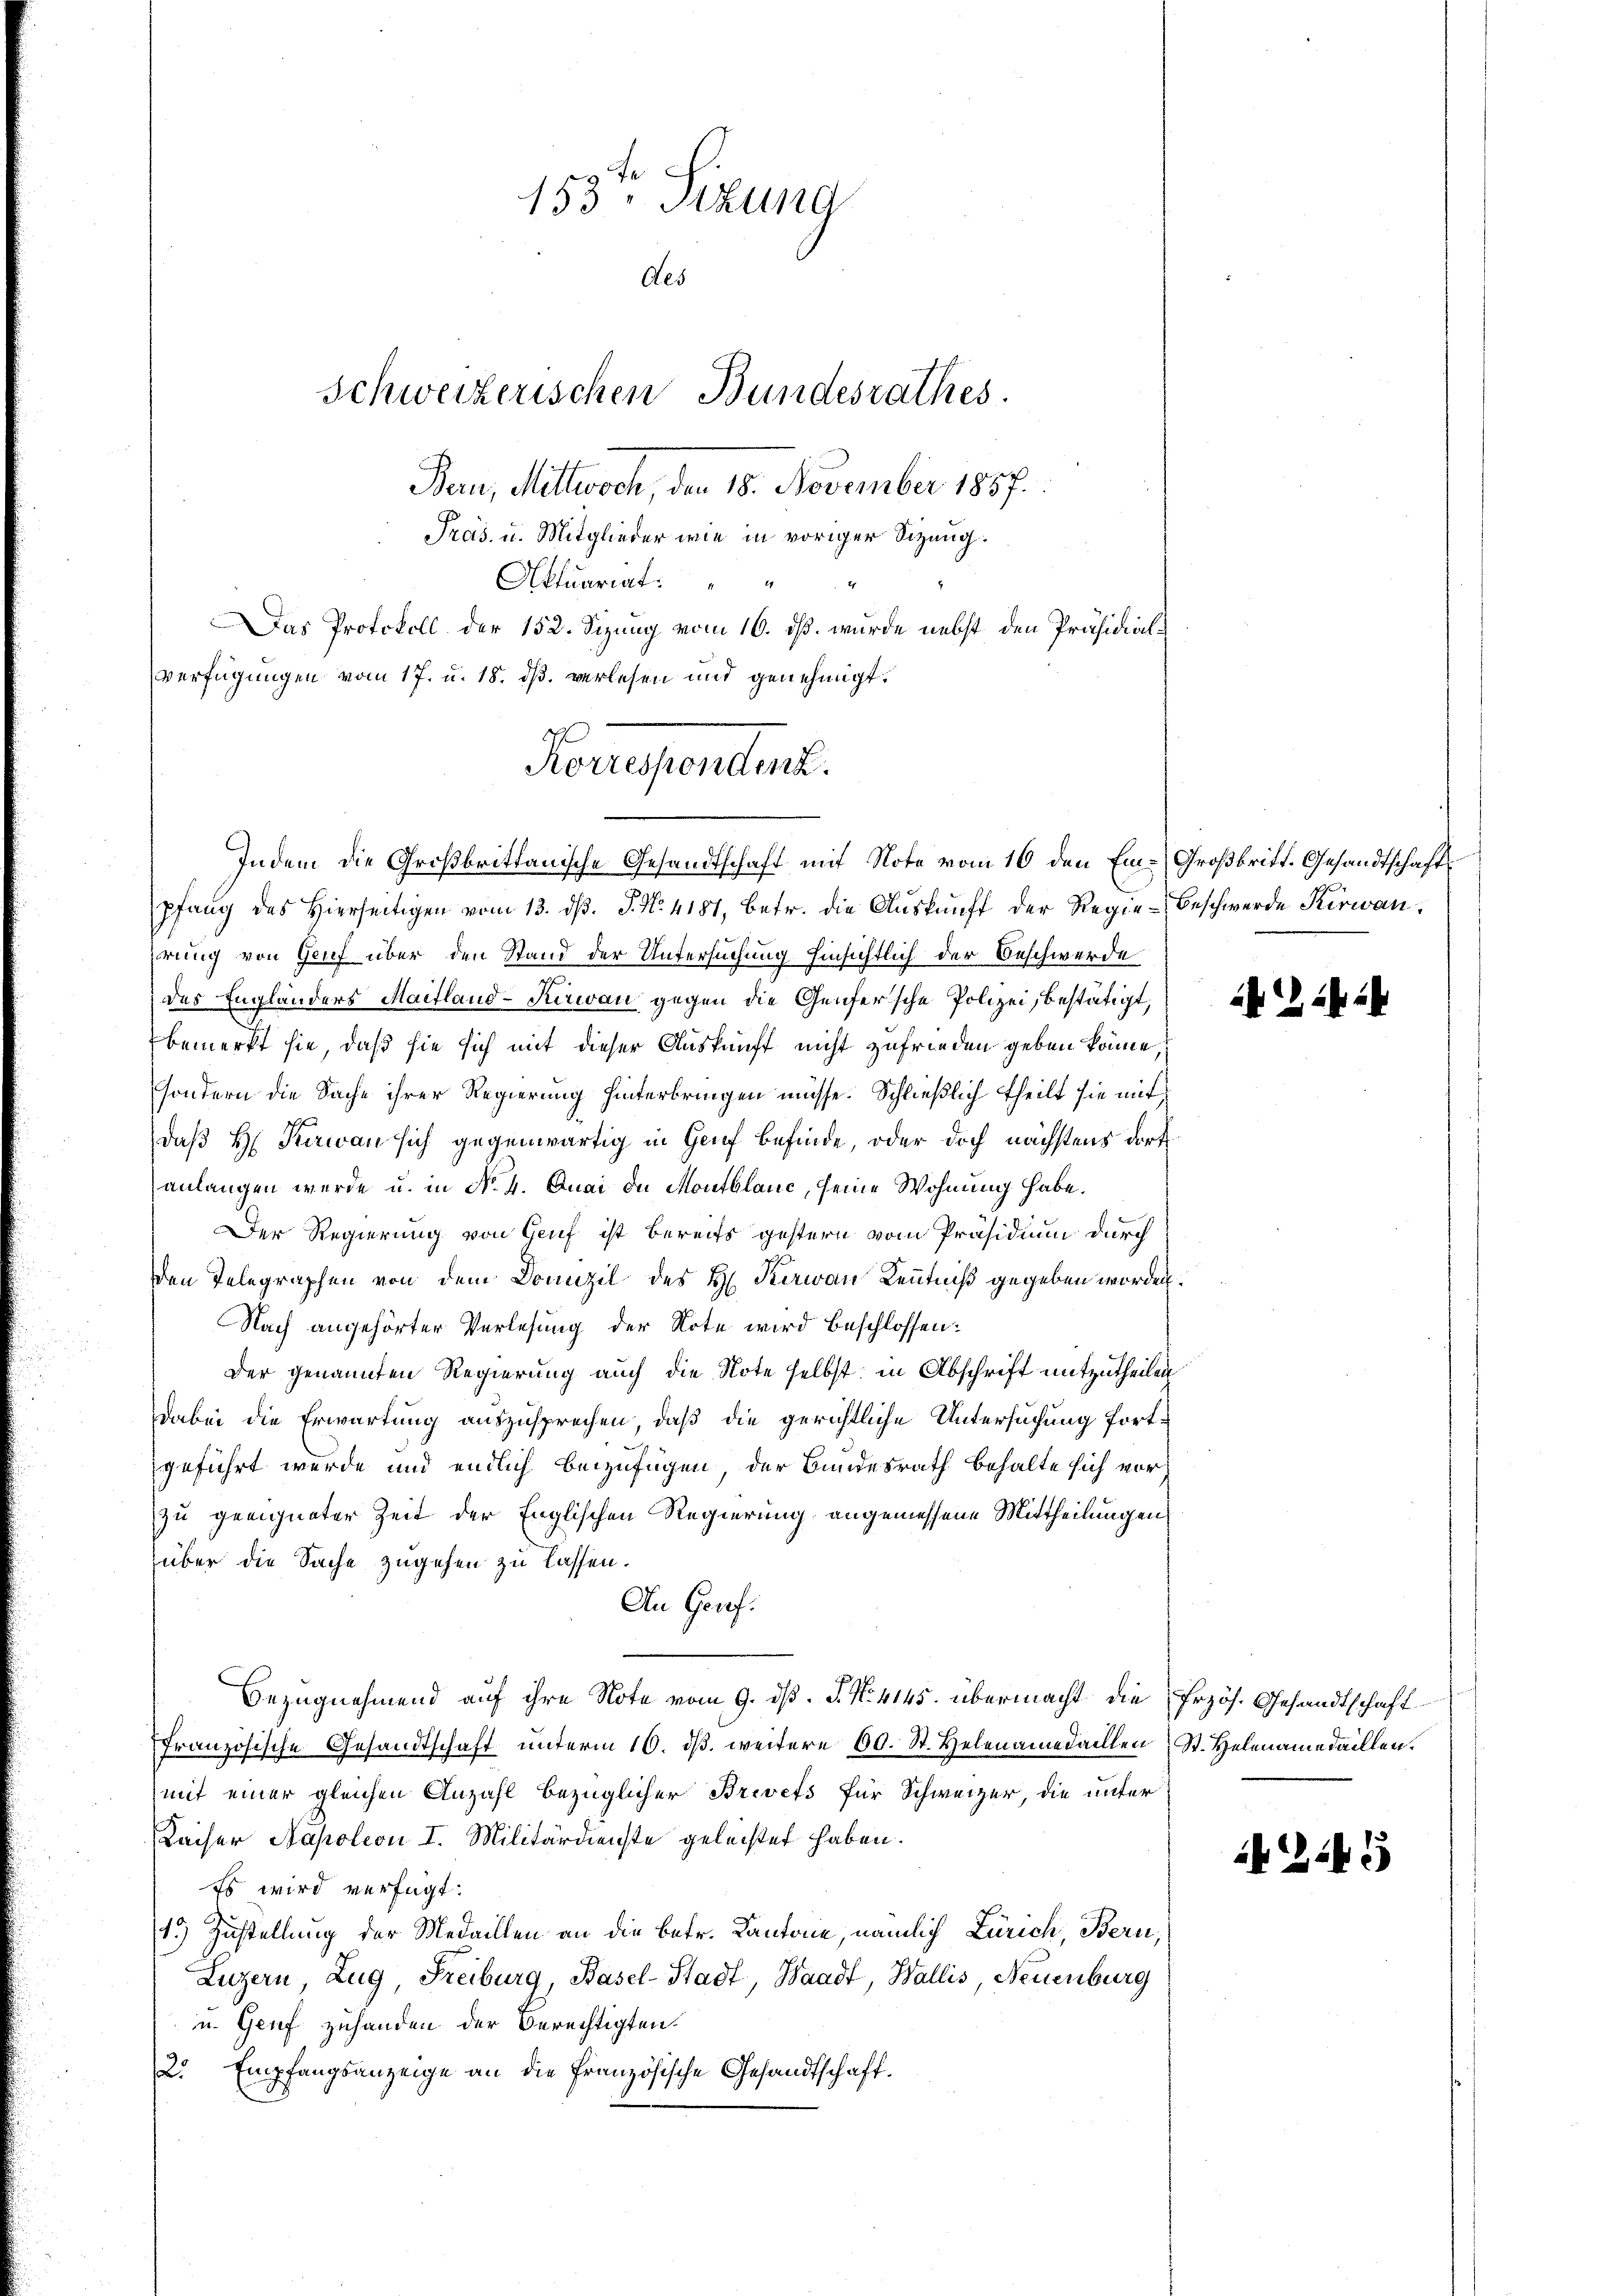
153 Sizung
Aes
Bern, Mittwoch den 15. November 1857.
Präs. u. Mitglieder wie in voriger Bezeug.
Aktuariat
Das Protokoll der 152. Sizung vom 16. ds. wurde nebst den Präsidial¬
Verfügungen vom 17. u. 18. ds. verlesen und genehmigt.

Schweizerischen Bundesrathes.

Korrespondert.

Indem die Großbrittanische Gesandtschaft mit Note vom 16 den Em-Großbritt. Gesandtschaft
pfang des hierseitigen vom 13. d. J. N. 4181, betr. die Aŭskŭnft der Regie-Beschwerde Kerwanhrung von Gruf über den Stand der Untersuchung hinsichtlich der Beschwerde
des Engländers Maitland-Kiwan gegen die Genfersche Polizei, bestätigt,
bemerkt sie, daß sie sich mit dieser Auskunft nicht zufrieden geben könne,
sondern die Sache ihrer Regierung hinterbringen müsse. Schließlich theilt sie mit
daß H. Kerwan sich gegenwärtig in Genf befinde, oder doch nächstens dort
anlangen werde u. in No. 4. Quai de Montblanc, seine Wohnung habe.
Der Regierung von Gruf ist bereits gestern vom Präsidium durch
den Telegraphen von dem Domizil des H. Karian Kenntniß gegeben worden.
Nach angehörter Verlesung der Note wird beschlossen:
Der genannten Regierung auch die Note selbst in Abschrift mitzutheilen
dabei die Erwartung auszusprechen, daß die gerichtliche Untersuchung fortgeführt wurde und endlich beizufügen, der Bundesrath behalte sich vor
zu geeigneter Zeit der Englischen Regierung angemessene Mittheilungen
über die Sache zugehen zu lassen.
An Genf.
Bezugnehmend auf ihre Note vom 9. d. J. N. 4145. übermacht die Erzös. Gesandtschaft
französische Gesandtschaft unterm 16. dβ. weitere 60. St. Helenamedaillen St. Helenamedaillen.
mit einer gleichen Anzahl bezüglicher Brevets für Schweizer, die unter
Kaiser Napoleon I. Militärdienste geleistet haben.
Es wird verfügt:
15) Zustellung der Medaillen an die betr. Kantone, nämlich Zürich, Bern,
Luzern, Zug, Freiburg, Basel-Stadt, Waadt, Wallis, Neuenburg
u. Genf zuhanden der Berechtigten.
2. Empfangsanzeige an die Französische Gesandtschaft.

i . . 24

545